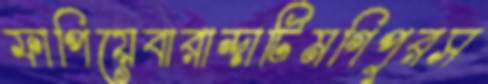
ফাপিয়েবারান্দাটিমণিপুরস